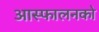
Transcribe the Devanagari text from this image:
आस्फालनको